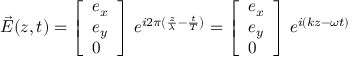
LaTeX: { \vec { E } } ( z , t ) = { \left[ \begin{array} { l } { e _ { x } } \\ { e _ { y } } \\ { 0 } \end{array} \right] } \; e ^ { i 2 \pi \left( { \frac { z } { \lambda } } - { \frac { t } { T } } \right) } = { \left[ \begin{array} { l } { e _ { x } } \\ { e _ { y } } \\ { 0 } \end{array} \right] } \; e ^ { i ( k z - \omega t ) }